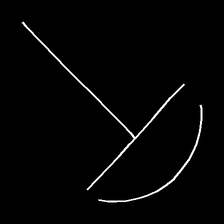
Glyph: dispersion